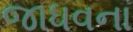
જાધવના